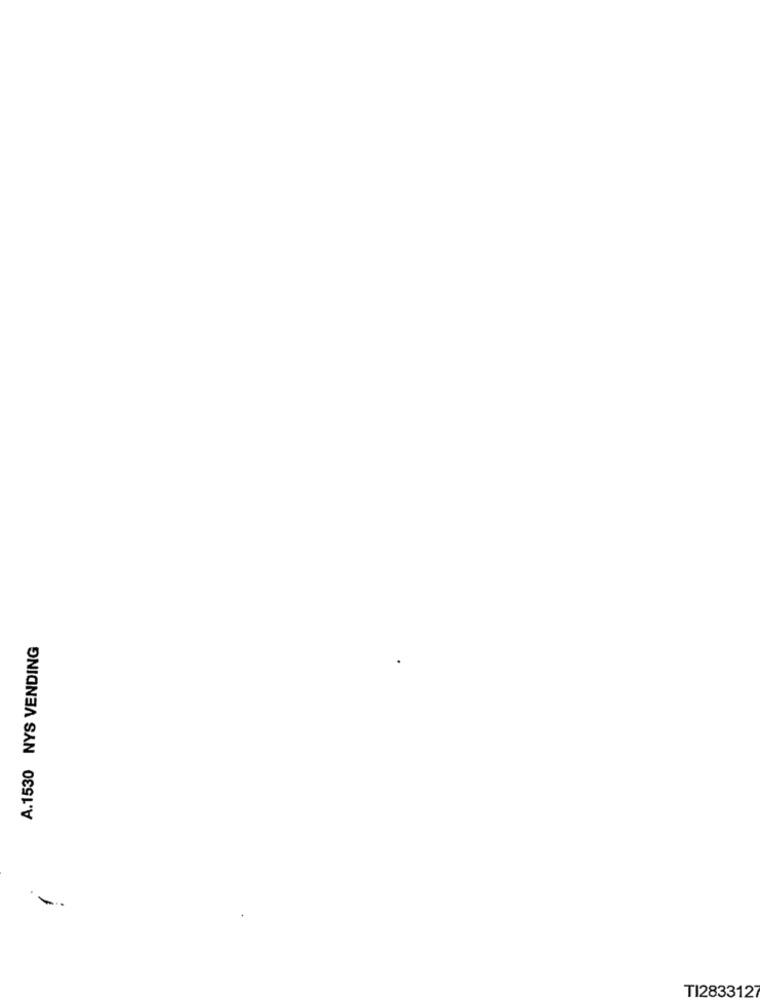
A.1530 NYS VENDING
TI2833127